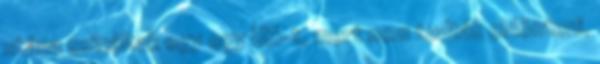
utána csináltak egy egy UH-t, mert nem tudták eldönteni,